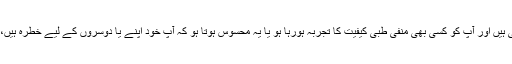
اگر یہ ویب سائٹ رویہ جاتی یا صحت سے متعلق خدمات کی پیشکش کرتی ہیں اور آپ کو کسی بھی منفی طبی کیفیت کا تجربہ ہورہا ہو یا یہ محسوس ہوتا ہو کہ آپ خود اپنے یا دوسروں کے لیے خطرہ ہیں، تو مہربانی کرکے فوری طور پر مقامی ہنگامی ٹیلیفون نمبر پر کال کریں۔